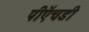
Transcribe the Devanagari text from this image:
पीऍचडी